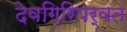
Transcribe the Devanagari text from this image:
देवगिरिपर्वत